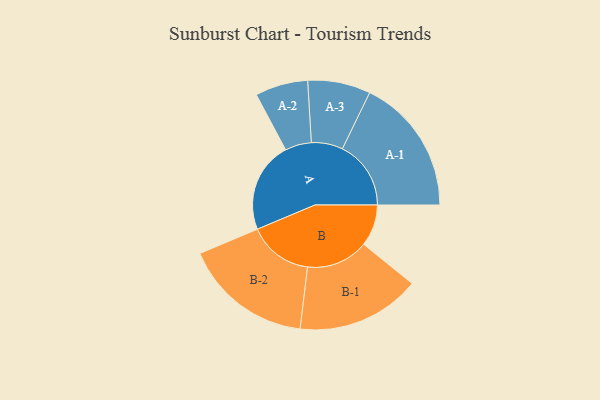
{"axis": {"x": "Segment", "y": "Value"}, "legend": ["", "A", "B"], "data": [{"x": "A", "y": 344, "type": ""}, {"x": "B", "y": 158, "type": ""}, {"x": "A-1", "y": 260, "type": "A"}, {"x": "A-2", "y": 100, "type": "A"}, {"x": "A-3", "y": 119, "type": "A"}, {"x": "B-1", "y": 235, "type": "B"}, {"x": "B-2", "y": 245, "type": "B"}]}